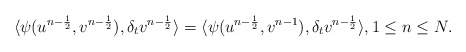
\begin{align*} \langle \psi(u^{n-\frac{1}{2}},v^{n-\frac{1}{2}}),\delta_t v^{n-\frac{1}{2}}\rangle=\langle \psi(u^{n-\frac{1}{2}},v^{n-1}),\delta_t v^{n-\frac{1}{2}}\rangle, 1 \leq n \leq N. \end{align*}